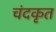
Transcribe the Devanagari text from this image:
चंदकृत